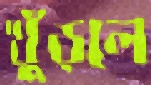
খুঁড়লে